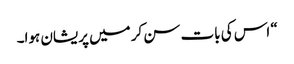
“ اس کی بات سن کر میں پریشان ہوا۔